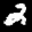
Label: 2